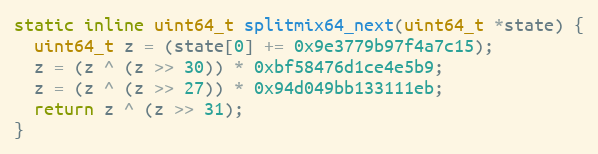
Language: C
static inline uint64_t splitmix64_next(uint64_t *state) {
  uint64_t z = (state[0] += 0x9e3779b97f4a7c15);
  z = (z ^ (z >> 30)) * 0xbf58476d1ce4e5b9;
  z = (z ^ (z >> 27)) * 0x94d049bb133111eb;
  return z ^ (z >> 31);
}